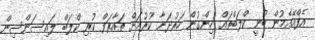
އެފްއޭއެމުން ބުނީ ކްލަބްތައް ހިންގުން ހަރުދަނާ ކުރުމަށް ތައާރަފް ކުރި ކްލަބް ލައިސަންސިން